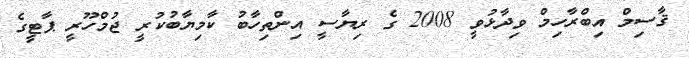
ޤާސިމް އިބްރާހިމް ވިދާޅުވީ 2008 ގެ ރިޔާސީ އިންތިހާބު ކާމިޔާބުކުރީ ޖުމްހޫރީ ޕާޓީގެ